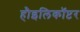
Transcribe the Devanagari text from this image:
हौइलिकॉप्टर